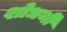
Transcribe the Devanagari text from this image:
शोधर्थी